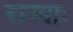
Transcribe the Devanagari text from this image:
रात्र्याः